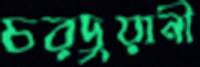
চরদুয়ানী